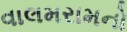
વાલમરામનો